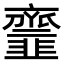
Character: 𩐐